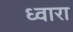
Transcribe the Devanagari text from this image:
ध्वारा